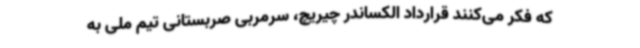
که فکر می‌کنند قرارداد الکساندر چیریچ، سرمربی صربستانی تیم ملی به